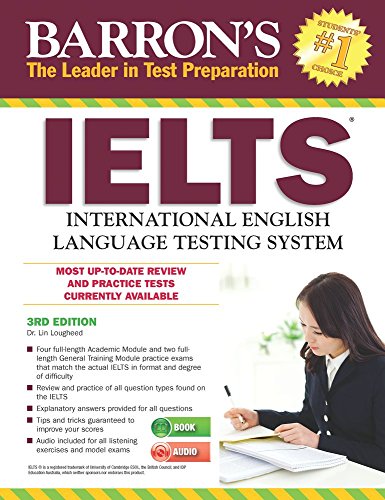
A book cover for Barron's IELTS with Audio CDs, 3rd Edition; Dr. Lin Lougheed; Test Preparation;